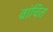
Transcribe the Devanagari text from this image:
वांचित